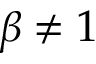
\beta \neq 1